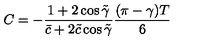
C = - \frac { 1 + 2 \cos \tilde { \gamma } } { \bar { c } + 2 \tilde { c } \cos \tilde { \gamma } } \frac { ( \pi - \gamma ) T } { 6 }